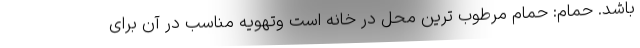
باشد. حمام: حمام مرطوب ترین محل در خانه است وتهویه مناسب در آن برای